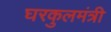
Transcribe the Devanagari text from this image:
घरकुलमंत्री